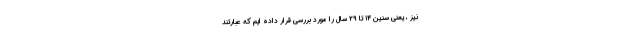
نیز ، یعنی سنین ۱۴ تا ۲۹ سال را مورد بررسی قرار داده ایم که عبارتند